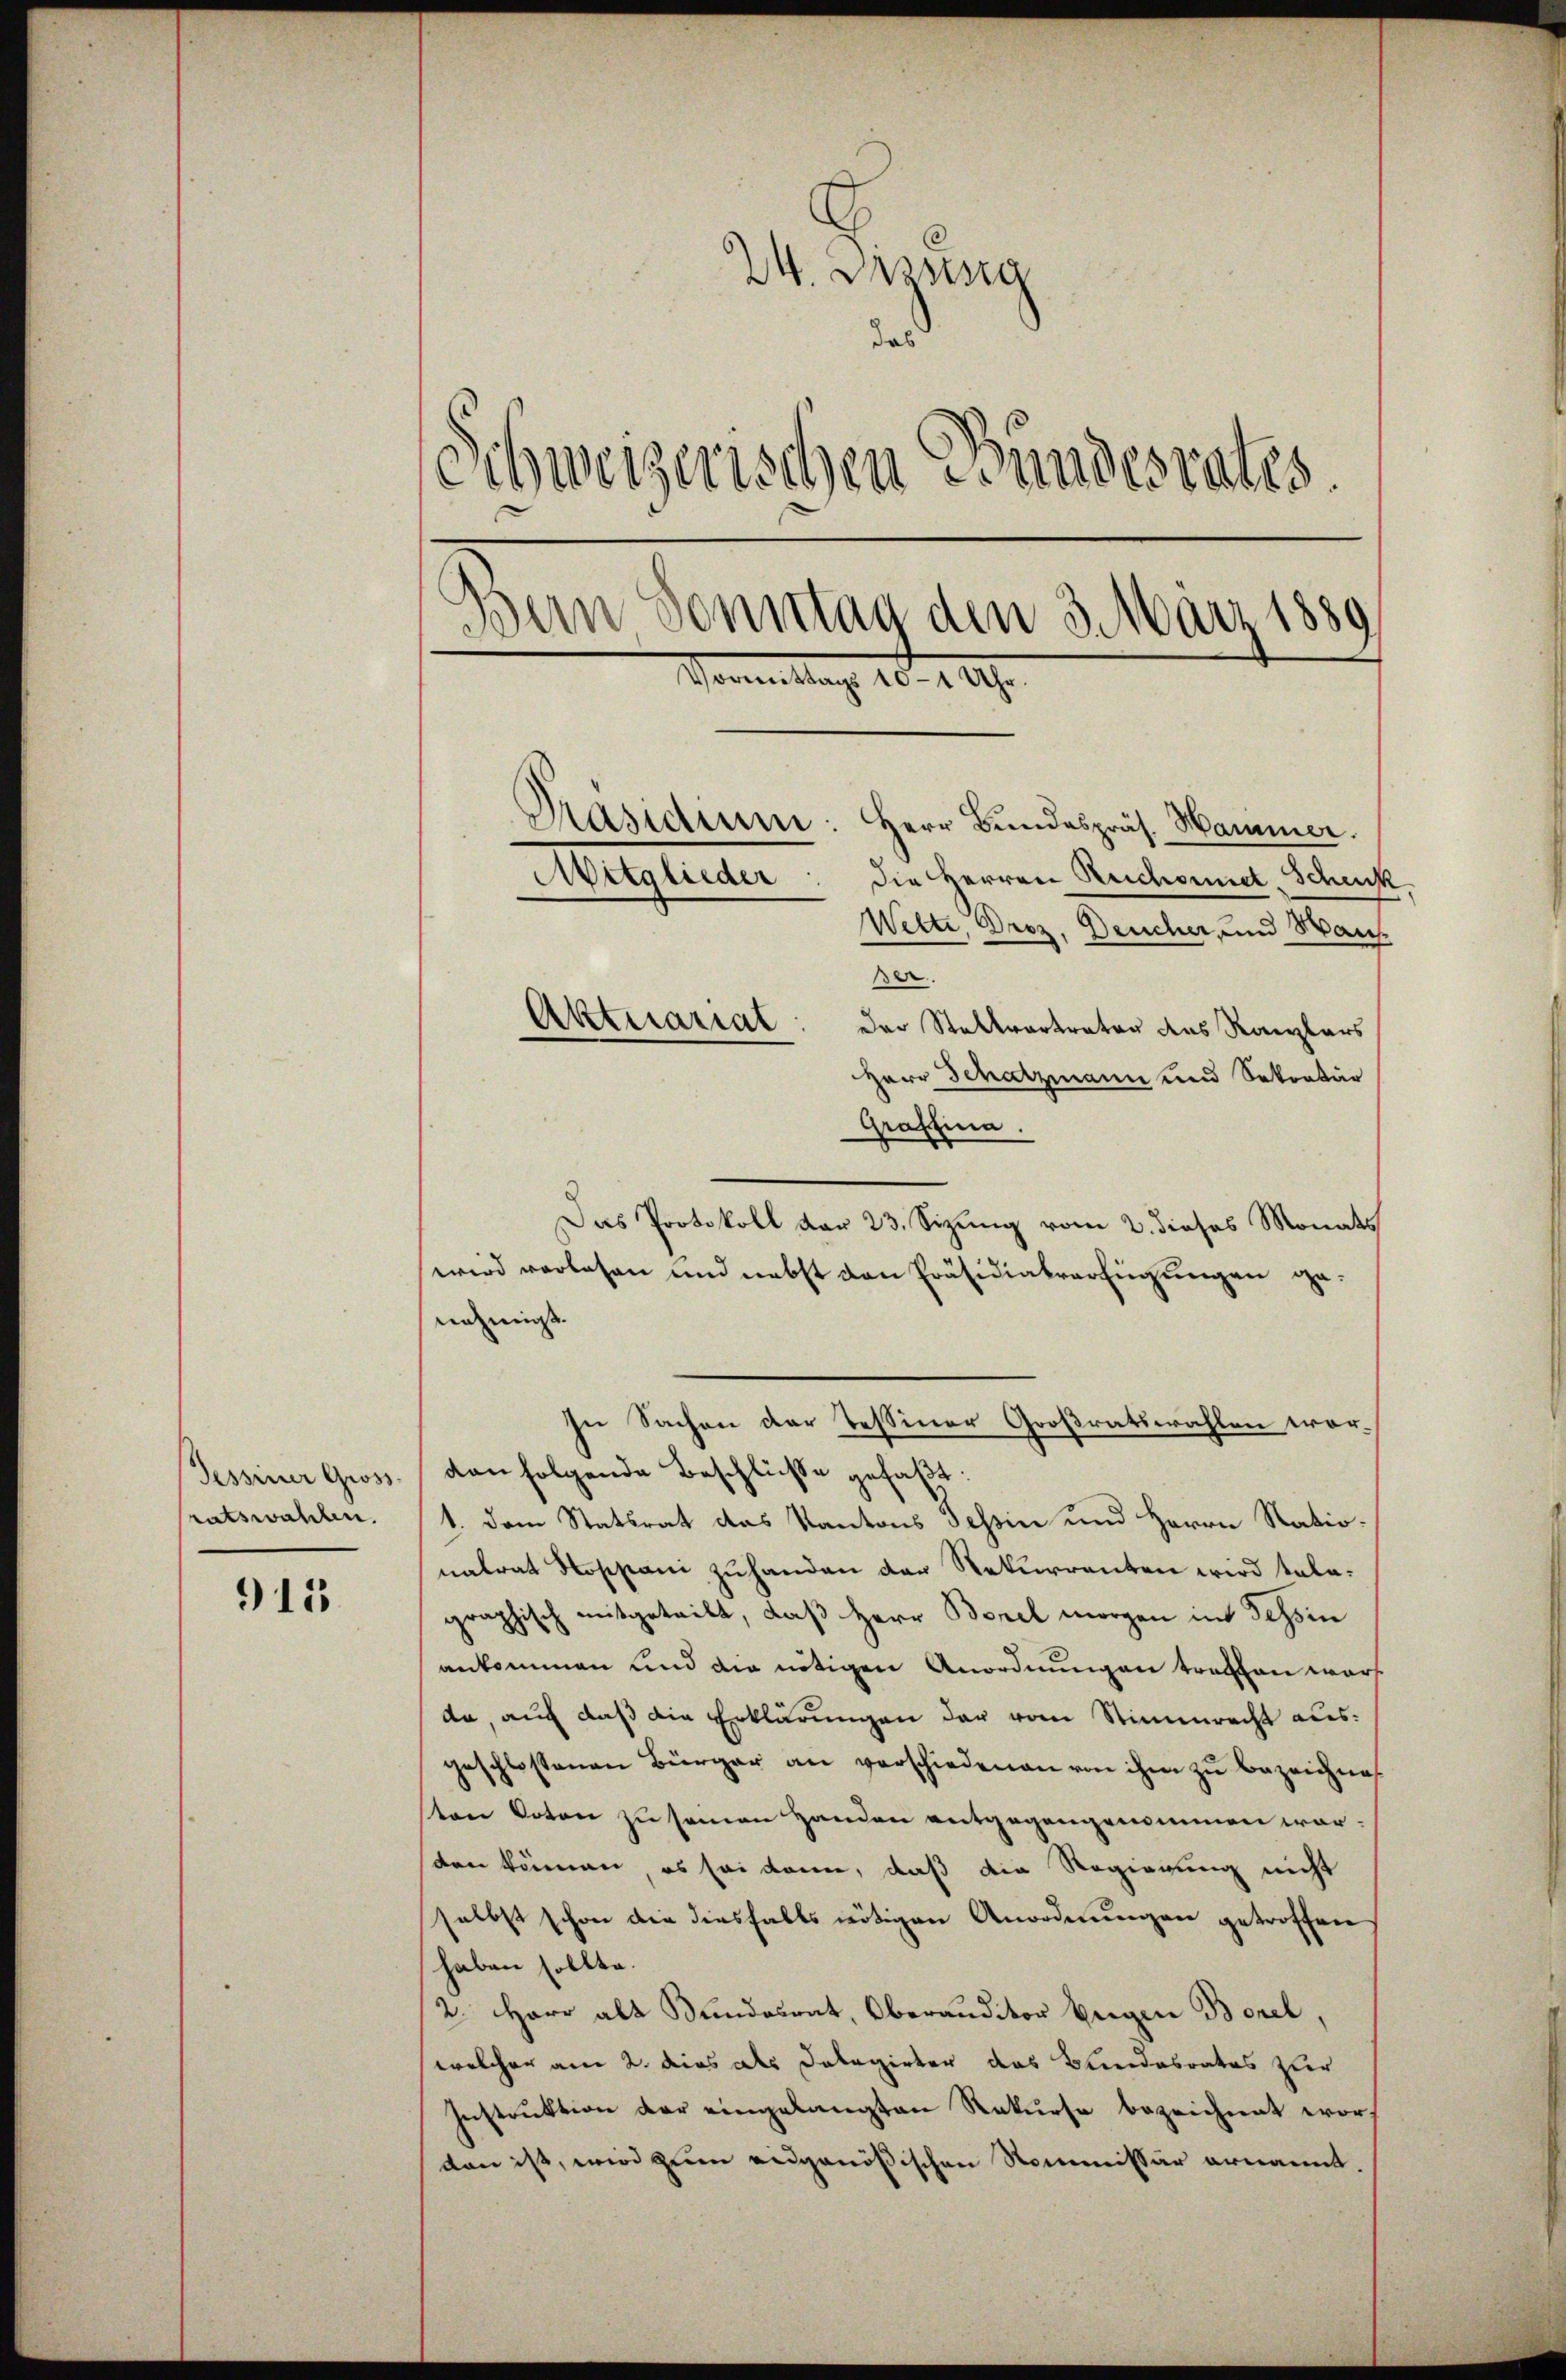
Tessiner Gross.
ratswahlen.

915.

24. Dissesig
daß
Schweizerischen Stundesrates.
Bern Sonntag den 3. März 1889
Vormittag 10 - 1 Uhr.
Präsidium: Herr Bundespräs. Hammer.
die Herren Reichnet Schenk
Mitglieder
Wette, Droz. Deucher, und Wan

Aktuariat

er
Der Stellvertrator das Kanzlers
Herr Schatzmann und Sekretär
Graffina.
Das Protokoll dar 23. Sizung vom 2. dieses Monats
wird verlesen und nebst von Präsidiater Einzungen genehmigt.
In Sachen der Tessiner Großratswahlen wordan folgende Beschlüße gefaßt:
1. Dem Statsrat das Kantons sessin und Herrn Nationalrat Rossiani zuhanden der Rekurrenten wird talagraphisch mitgeteilt, daß Herr Borel morgen in Tessin
ankommen und die nötigen Anordnungen trachen wars
da, auch daß die Erklärungen der vom Stimmrecht ausgeschlossenen Bürger an verschiedenen von ihm zŭ bezeichne
sten Voton zu seien Handen entgegengenommen worsten können, es sei kann, daß die Regierung nicht
selbst schon die diesfalls nötigen Anordnungen getroffen
haben sollte.
/2. Herr alt Bundesrat, Oberanditor beigen Borel,
welcher am 2. dies als Delegirter das Bundesrates zur
Instruktion der eingelangten Rekurse bezeichnet wordan ist, wird zum eidgenößischen Kommissär ernannt.